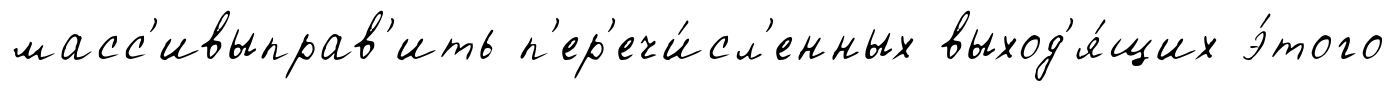
масс'ивыправ'ить п'ер'ечи́сл'енных выход'я́щих э́того